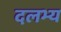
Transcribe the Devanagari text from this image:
दलभ्य